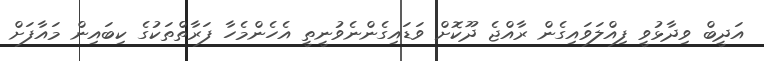
އަދީބް ވިދާޅުވީ ފިއްލަވައިގެން ރާއްޖެ ދޫކޮށް ވަޑައިގެންނެވުނީތީ އެހެންމެހާ ފަރާތްތަކުގެ ކިބައިން މައާފަށް